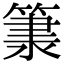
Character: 𥱂